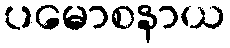
ပမောစနာယ